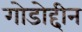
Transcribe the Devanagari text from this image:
गोडोद्दीन